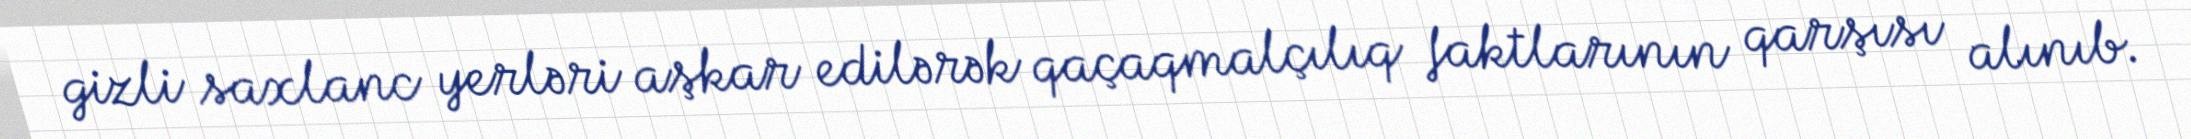
gizli saxlanc yerləri aşkar edilərək qaçaqmalçılıq faktlarının qarşısı alınıb.